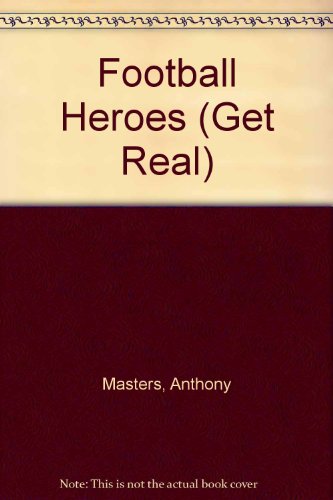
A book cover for Football Heroes (Get Real); Anthony Masters; Teen & Young Adult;